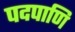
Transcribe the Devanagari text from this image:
पदपाणि